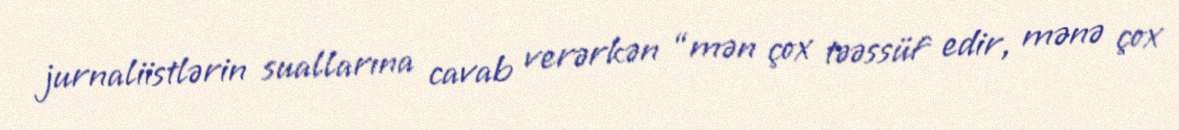
jurnaliistlərin suallarına cavab verərkən “mən çox təəssüf edir, mənə çox